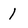
Character: 1